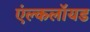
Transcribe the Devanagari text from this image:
एंल्कलॉयड